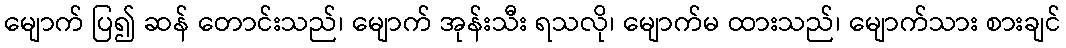
မျောက် ပြ၍ ဆန် တောင်းသည်၊ မျောက် အုန်းသီး ရသလို၊ မျောက်မ ထားသည်၊ မျောက်သား စားချင်